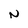
Character: N